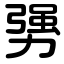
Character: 勥